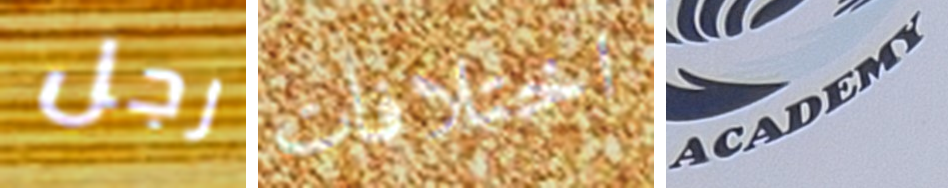
رجل اختلافات ACADEMY